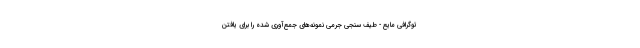
توگرافی مایع - طیف سنجی جرمی نمونه‌های جمع‌آوری شده را برای یافتن